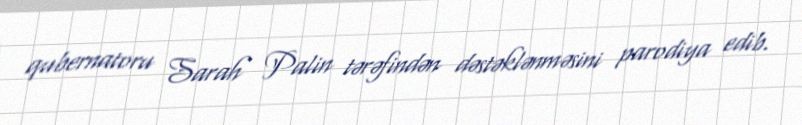
qubernatoru Sarah Palin tərəfindən dəstəklənməsini parodiya edib.